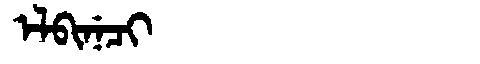
Manchu: ᡝᠯᠪᡳᠨᡝᠴᡳ
Romanization: ELBINECI